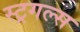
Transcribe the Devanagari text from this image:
स्ट्रगल्स